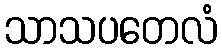
သာသပတေလံ